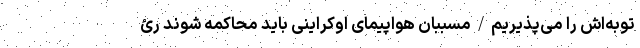
توبه‌اش را می‌پذيريم/مسببان هواپیمای اوکراینی باید محاکمه شوند رئ